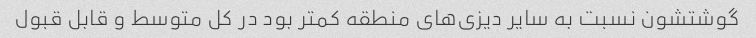
گوشتشون نسبت به سایر دیزی‌های منطقه کمتر بود در کل متوسط و قابل قبول